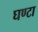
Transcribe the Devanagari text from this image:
घण्‍टा